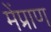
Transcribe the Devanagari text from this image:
मेंप्राण